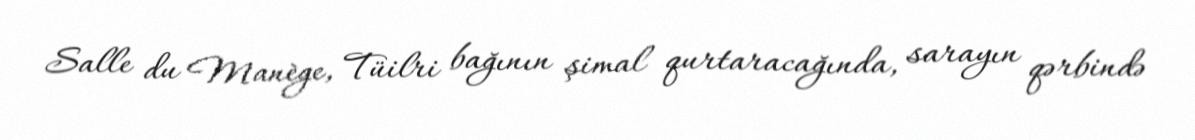
Salle du Manège, Tüilri bağının şimal qurtaracağında, sarayın qərbində